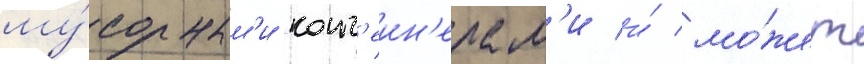
му́сорным'и конт'еин'ерам'и и́ мо́жет